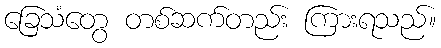
ခြေသံတွေ တစ်ဆက်တည်း ကြားရသည်။